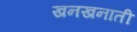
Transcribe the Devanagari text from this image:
खनखनाती